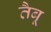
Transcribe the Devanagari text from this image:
तैबू